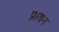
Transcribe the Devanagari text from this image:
प्राथन